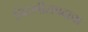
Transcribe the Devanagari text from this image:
चिटणीसपदाचा